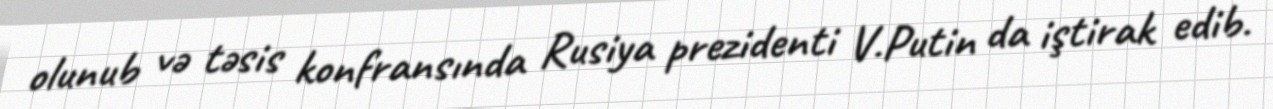
olunub və təsis konfransında Rusiya prezidenti V.Putin da iştirak edib.